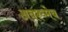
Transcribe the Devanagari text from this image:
अवश्य्मेव